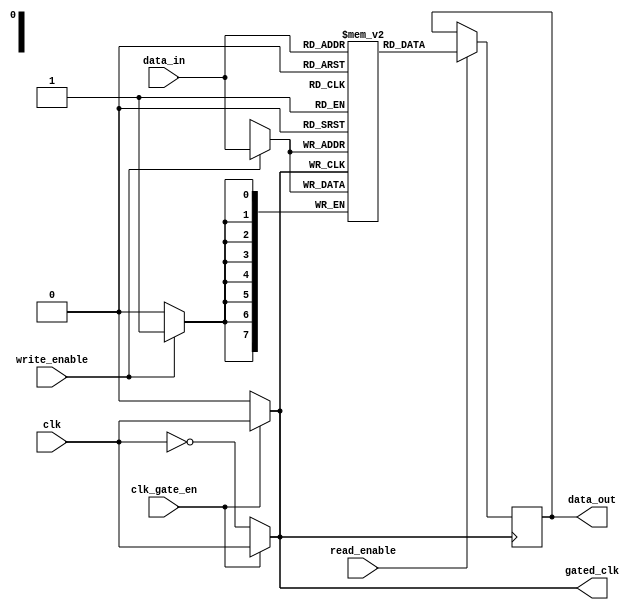
module clock_gated_memory (
    input wire clk,              // Original clock signal
    input wire clk_gate_en,      // Clock gating enable signal
    input wire [7:0] data_in,    // Data input
    input wire write_enable,      // Write enable signal
    input wire read_enable,       // Read enable signal
    output reg [7:0] data_out,    // Data output
    output wire gated_clk         // Gated clock output
);

    // Internal memory storage
    reg [7:0] memory [0:255]; // 256 x 8-bit memory

    // Clock gating logic using transmission gates
    wire clk_n; // Inverted clock signal
    assign clk_n = ~clk;

    // Transmission gate implementation
    assign gated_clk = (clk_gate_en) ? clk : 1'b0; // NMOS passes clk when clk_gate_en is high
    assign gated_clk = (clk_gate_en) ? clk : clk_n; // PMOS passes clk when clk_gate_en is low

    // Memory operation
    always @(posedge gated_clk) begin
        if (write_enable) begin
            // Write data to memory
            memory[data_in[7:0]] <= data_in; // Example address mapping
        end
        if (read_enable) begin
            // Read data from memory
            data_out <= memory[data_in[7:0]]; // Example address mapping
        end
    end

endmodule